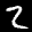
Label: 2